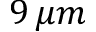
9 \, \mu m